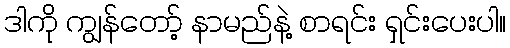
ဒါကို ကျွန်တော့် နာမည်နဲ့ စာရင်း ရှင်းပေးပါ။